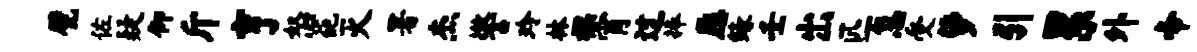
甓佐疑仰斤亨怒葩灭署杰警玲林裸宵过捧愿缘壬出匹急受萝引累外帝